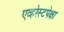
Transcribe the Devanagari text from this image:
एव्हरेस्टपेक्षा